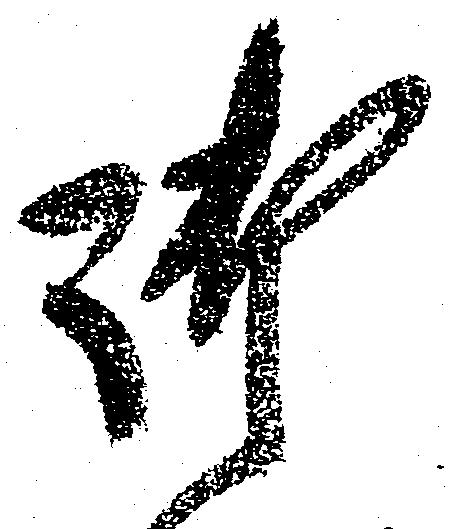
御